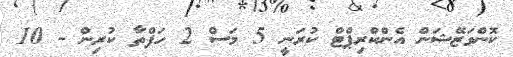
ކޮންވަޒޭޝަން އެންކްރިޕްޓް ކުރަނީ 5 މަސް 2 ހަފްތާ ކުރިން - 10